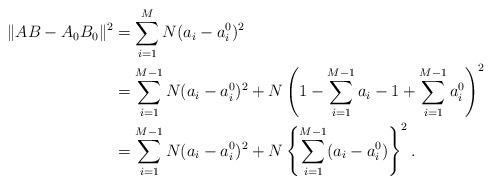
LaTeX: \begin{align*}\lVert AB-A_0B_0 \rVert^2 &=\sum_{i=1}^M N(a_i-a^0_i)^2 \\&= \sum_{i=1}^{M-1} N(a_i-a^0_i)^2 + N \left( 1-\sum_{i=1}^{M-1} a_i -1 + \sum_{i=1}^{M-1} a^0_i \right)^2 \\&= \sum_{i=1}^{M-1} N(a_i-a^0_i)^2 + N \left\{ \sum_{i=1}^{M-1} (a_i - a^0_i) \right\}^2.\end{align*}